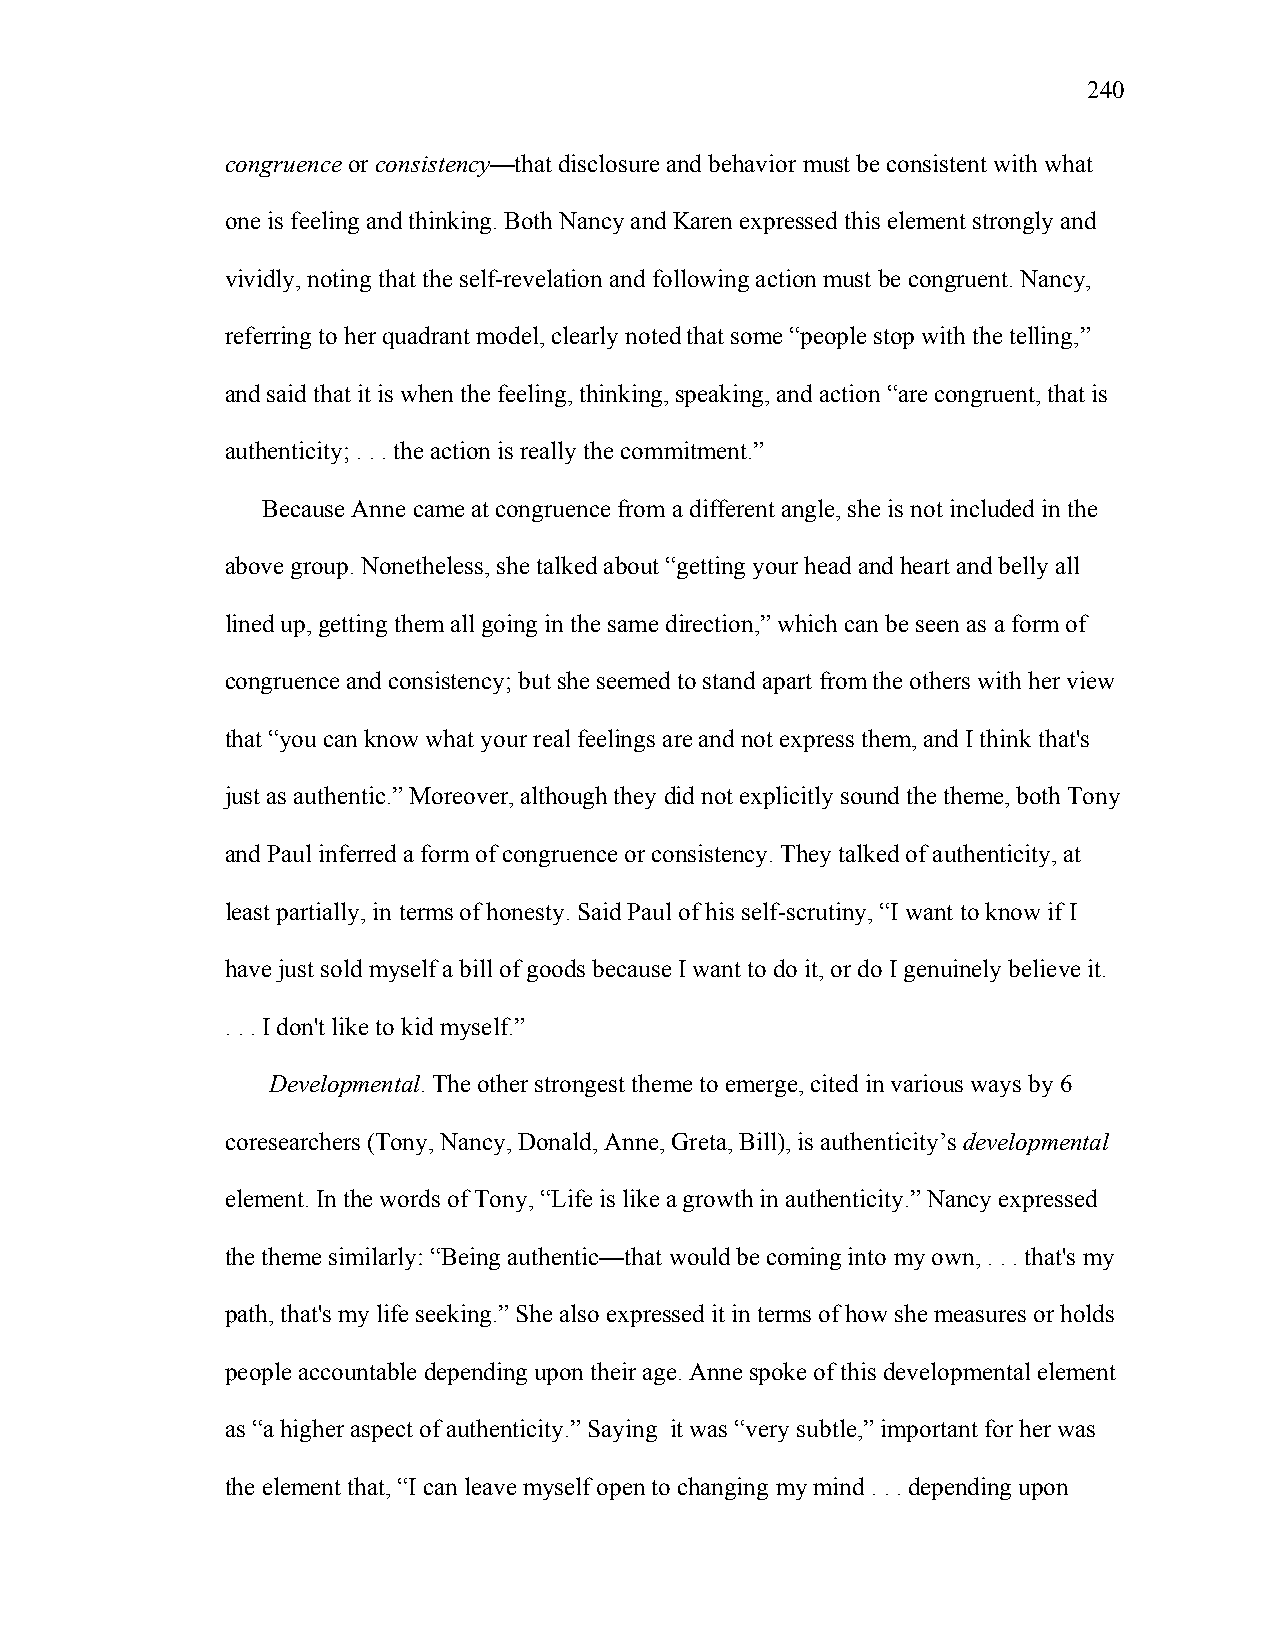
240
 congruence or consistency—that disclosure and behavior must be consistent with what
 one is feeling and thinking. Both Nancy and Karen expressed this element strongly and
 vividly, noting that the self-revelation and following action must be congruent. Nancy,
 referring to her quadrant model, clearly noted that some “people stop with the telling,”
 and said that it is when the feeling, thinking, speaking, and action “are congruent, that is
 authenticity; . . . the action is really the commitment.”
 Because Anne came at congruence from a different angle, she is not included in the
 above group. Nonetheless, she talked about “getting your head and heart and belly all
 lined up, getting them all going in the same direction,” which can be seen as a form of
 congruence and consistency; but she seemed to stand apart from the others with her view
 that “you can know what your real feelings are and not express them, and I think that's
 just as authentic.” Moreover, although they did not explicitly sound the theme, both Tony
 and Paul inferred a form of congruence or consistency. They talked of authenticity, at
 least partially, in terms of honesty. Said Paul of his self-scrutiny, “I want to know if I
 have just sold myself a bill of goods because I want to do it, or do I genuinely believe it.
 . . . I don't like to kid myself.”
 Developmental. The other strongest theme to emerge, cited in various ways by 6
 coresearchers (Tony, Nancy, Donald, Anne, Greta, Bill), is authenticity’s developmental
 element. In the words of Tony, “Life is like a growth in authenticity.” Nancy expressed
 the theme similarly: “Being authentic—that would be coming into my own, . . . that's my
 path, that's my life seeking.” She also expressed it in terms of how she measures or holds
 people accountable depending upon their age. Anne spoke of this developmental element
 as “a higher aspect of authenticity.” Saying it was “very subtle,” important for her was
 the element that, “I can leave myself open to changing my mind . . . depending upon